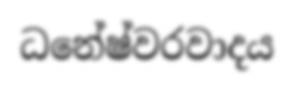
ධනේෂ්වරවාදය